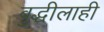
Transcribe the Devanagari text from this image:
बुद्धीलाही